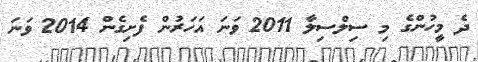
ދެ މީހުންގެ މި ސިލްސިލާ 2011 ވަނަ އަހަރުން ފެށިގެން 2014 ވަނަ